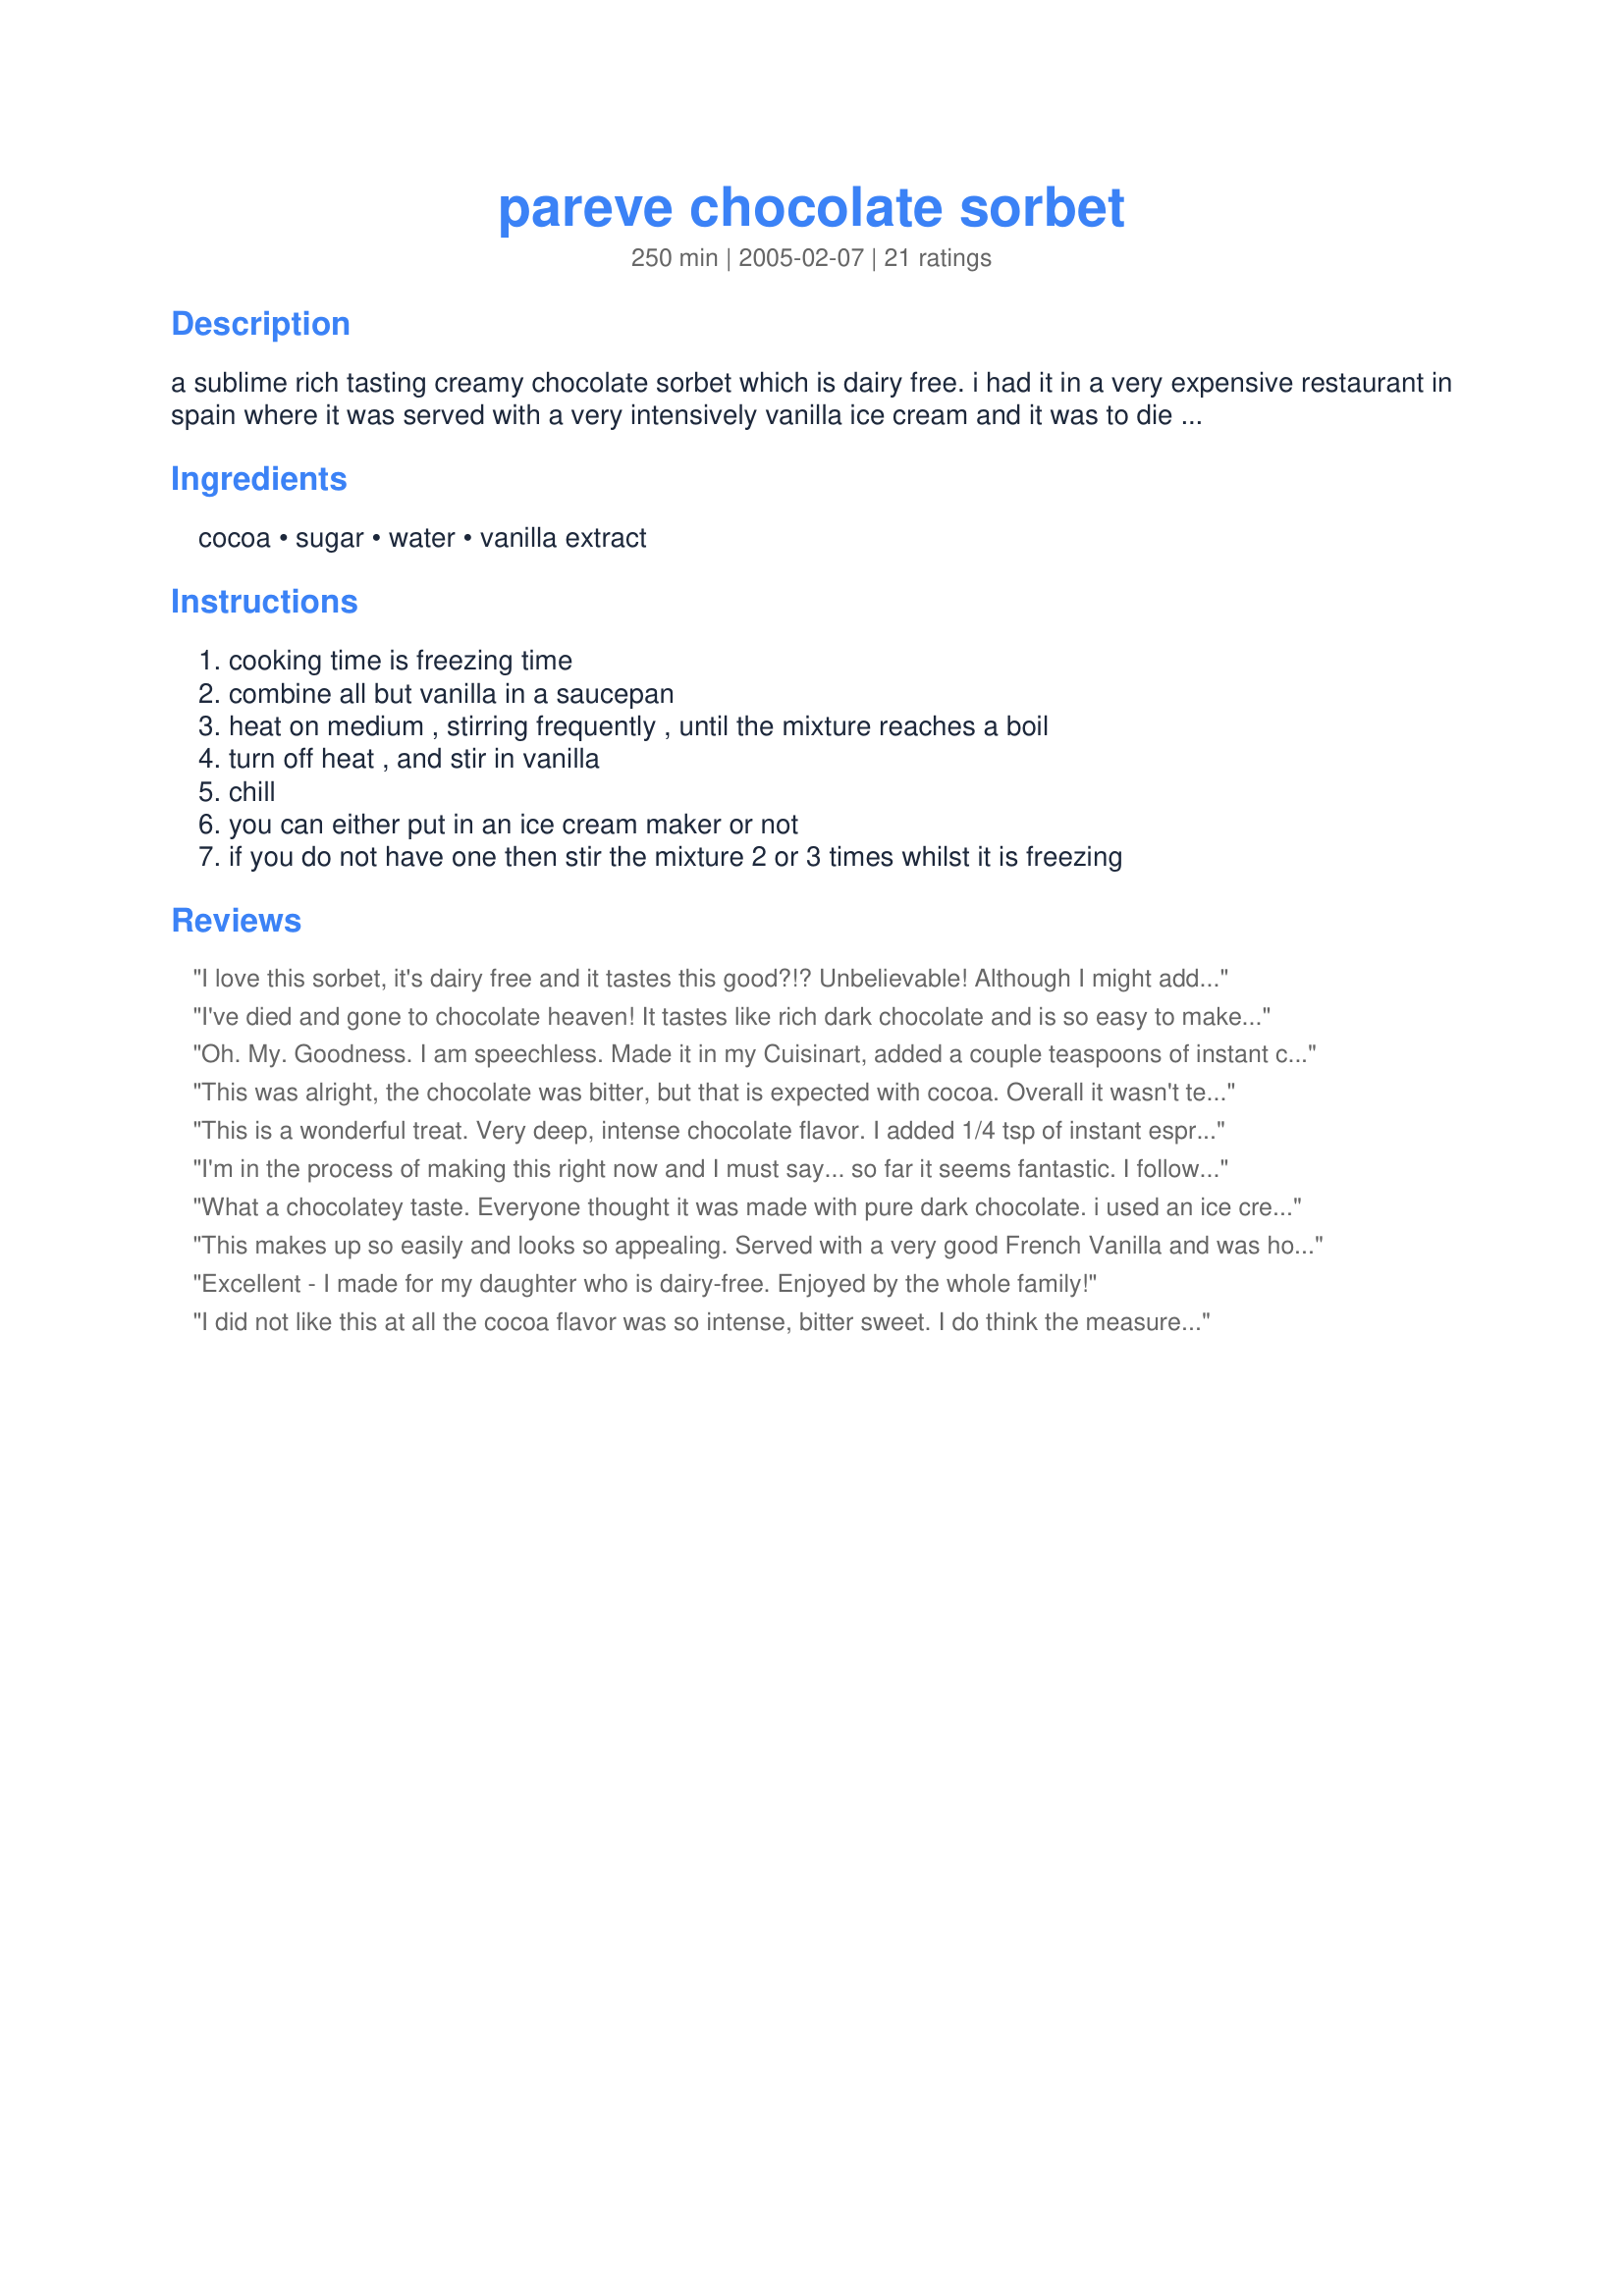
pareve chocolate sorbet
Preparation time: 250 minutes

a sublime rich tasting creamy chocolate sorbet which is dairy free. i had it in a very expensive restaurant in spain where it was served with a very intensively vanilla ice cream and it was to die for. in fact the whole meal was to die for - and we nearly did when the bill arrived!8

Ingredients:
cocoa, sugar, water, vanilla extract

Steps:
cooking time is freezing time, combine all but vanilla in a saucepan, heat on medium , stirring frequently , until the mixture reaches a boil, turn off heat , and stir in vanilla, chill, you can either put in an ice cream maker or not, if you do not have one then stir the mixture 2 or 3 times whilst it is freezing

Reviews:
I love this sorbet, it's dairy free and it tastes this good?!? Unbelievable! Although I might add that you've got to LOVE that dark chocolate flavour in order to love this sorbet. Easy to make and satisfying!
I've died and gone to chocolate heaven! It tastes like rich dark chocolate and is so easy to make. Wonderful served with vanilla icecream.
Oh. My. Goodness. I am speechless. Made it in my Cuisinart, added a couple teaspoons of instant coffee, and poured in a couple tablespoons of heavy cream as it started to blend. Next time I will sub some of the water with espresso instead of cheating with instant coffee. (Later Note: I tried this and it wasn't as good as just adding instant coffee! It changed the texture) This was a perfect end to homemade pasta and meatballs...and I tried it with coconut ice cream, too. Wow. Thank you for sharing.
This was alright, the chocolate was bitter, but that is expected with cocoa. Overall it wasn't terrible but I don't think we will be making it again. I wouldn't say its quite creamy, but I'm sure people who cannot have dairy would enjoy this!
This is a wonderful treat. Very deep, intense chocolate flavor. I added 1/4 tsp of instant espresso powder and 1/4 tsp of ground cayenne pepper to jazz it up! It came out great and was very easy. I stirred every hour and a half or so and it came out smooth, creamy, and delicious.
I'm in the process of making this right now and I must say... so far it seems fantastic. I followed the recipe to the letter with the exception of adding a healthy dose of cinnamon and two dashes of finely ground cayenne pepper (as I am WAY into that flavor profile). I was worried that it would be too thin but the mixture is actually surprisingly thick given it's essentially just cocoa powder and water. It's chilling right now and I can not wait to see how it freezes. At this stage I've rated it 4 stars as it's not yet finished, but I have no doubt that I will be updating to five once it's done!
What a chocolatey taste. Everyone thought it was made with pure dark chocolate. i used an ice cream machine for this. Thanks for a great GF and LF recipe
This makes up so easily and looks so appealing. Served with a very good French Vanilla and was hoping to use this for a special ice cream dessert. I rarely eat ice cream but have a lot of ice cream lovers here but they seem to prefer the chocolate made with milk and cream. For those who do non dairy I am sure this would be a perfect dessert.
Excellent - I made for my daughter who is dairy-free. Enjoyed by the whole family!
I did not like this at all the cocoa flavor was so intense, bitter sweet. I do think the measurements were wrong. Difintely will not make this again.
This is so easy and delicious. I mixed up the ingredeints in the morning and at dinner time made the sorbet in my ice cream freezer. Served this garnished with fresh strawberries.
Intense is right! If this doesn't momentarily cure yoru chocolate cravings, nothing will. A thousand thank-you's for this one. I can see how this would complement a vanilla flavor or, as my intended use, with some wine and berries for Valentines day. A very elegant, sophisticated flavor that costs very little.

A word of advice for dieters- I initially used strictly Splenda, which did not work at all, the Splenda taste was overpowering. However, I tried it again with 1/2 c. Splenda and 1/2 c. sugar and it turned out beautifully; just the right amount of everything. I also used the Hershey's Dark Cocoa powder and it was wonderful!

I now offically have a reason to use my ice cream maker in the dead of winter!
I was a little worried about how this would turn out, but it was wonderful!!My whole family loved it, but you do definitely have to like dark chocolate. Very creamy considering there is no milk...just water. Wish I would have had some creamy vanilla ice cream to serve it with.
This is so good. Very very dark tasting so not as much a hit with the kids as I had thought it would be. (I also didn't have any vanilla ice cream to temper it.) But this is much richer and fancier tasting than the simple ingredients would have you predict it would be. My pantry is almost empty but I had all the ingredients which was great!
What a simple, sinful recipe!! It couldn't be any easier. When I first tasted it I thought it might need more sugar, but after a few spoonfuls it hit me and it's fine as is. Thanx!!
I used splenda instead of sugar, 15 packets. That drops the calories in this little confection to an amazing 30 per serving! This is definitely a keeper. It fixes my chocolate craving, with hardly any calories.
Wow, this is what heaven tastes like. The best sorbet EVER! Thanks so much for sharing this!
I am a chocolate snob and this has my five-star seal of approval. Of note, if you are like me and appreciate the depth of dark chocolate, I recommend using dark chocolate cocoa powder. But, I was such a skeptic that cocoa powder and these simple ingredients could make such a delicious treat and wow, were my husband's and my tastebuds more than exhilirated. Of course you have to keep in mind that this is not ice cream, so it will not have the same thick, creamy texture, so if that is what you're looking for than this is not the recipe for you. However, if you want a lighter, yet potently chocolatey dessert that will kick any female chocolate craving- this is a grand slam!!! Also of note, I have a very high-quality blender/food emulsifier that made this instantly by using ice cubes instead of water and it eliminated the long 4.5 hr freeze time. Thank you for this recipe.
I followed it exactly and was left with a solid block of chocolate flavoured ice. It was also very bitter and way too dark.
This was really great! I actually did this a couple of months ago and I'm making it again tomorrow...I really loved that intense dark chocolate flavor !!! It's a keeper and it was worth trying it :D

Julie C.
Wow! I love dark chocolate and this recipe indulged that craving. I have added this one to my repertoire! Thanks for sharing.
